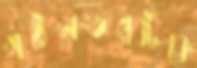
গঠনতন্ত্রটিকে